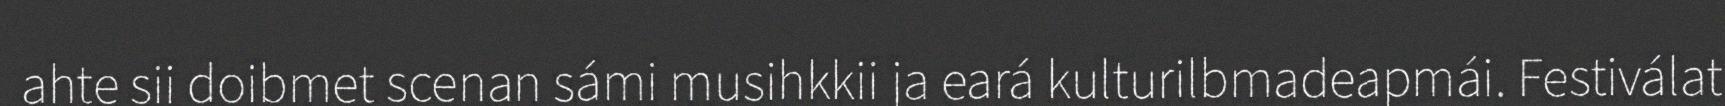
ahte sii doibmet scenan sámi musihkkii ja eará kulturilbmadeapmái. Festiválat